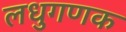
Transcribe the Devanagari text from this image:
लधुगणक